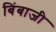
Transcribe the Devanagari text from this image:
बिंबाजी